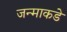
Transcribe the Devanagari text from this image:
जन्माकडे